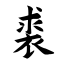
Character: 裘